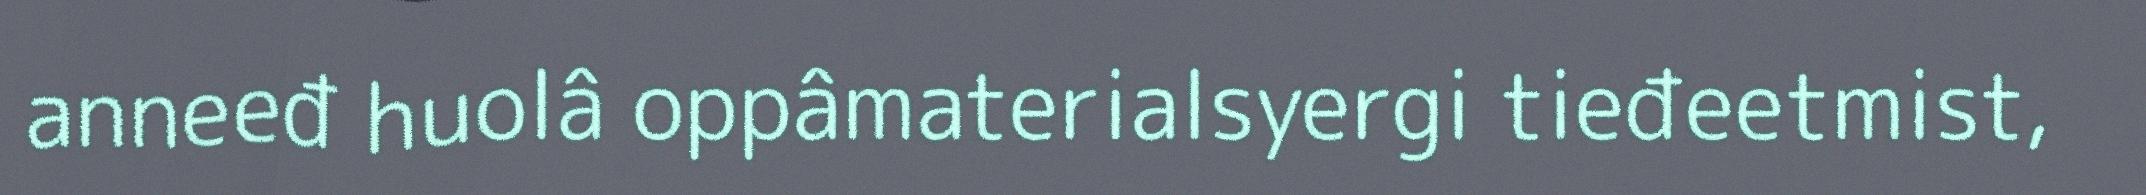
anneeđ huolâ oppâmaterialsyergi tieđeetmist,